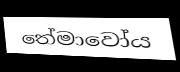
තේමාවෝය